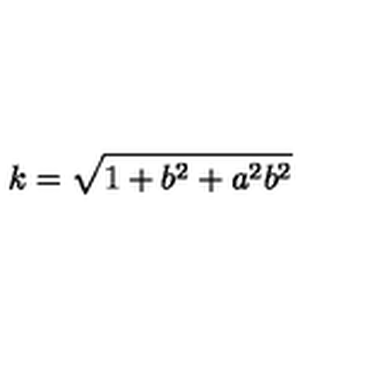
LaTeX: k = \sqrt { 1 + b ^ { 2 } + a ^ { 2 } b ^ { 2 } }